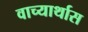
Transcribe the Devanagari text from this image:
वाच्यार्थास